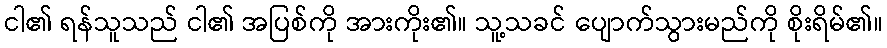
ငါ၏ ရန်သူသည် ငါ၏ အပြစ်ကို အားကိုး၏။ သူ့သခင် ပျောက်သွားမည်ကို စိုးရိမ်၏။